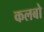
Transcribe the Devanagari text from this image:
कलबो